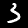
Label: 3